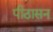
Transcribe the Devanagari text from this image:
पीठासन